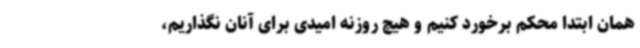
همان ابتدا محکم برخورد کنیم و هیچ روزنه امیدی برای آنان نگذاریم،